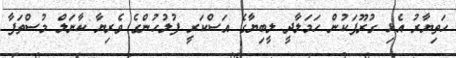
ހަތިޔާރު އެޅި ގުރޫޕަކުން ހަމަލާދީ ލީބިޔާގެ އަސްކަރީ ފުލުހުންގެ ވެރިޔާ ކާނަލް މުސްތަފާ